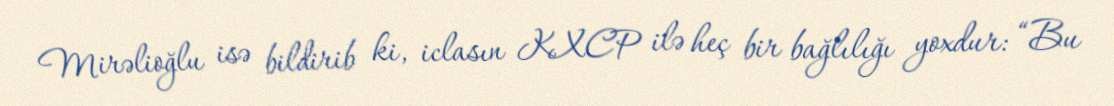
Mirəlioğlu isə bildirib ki, iclasın KXCP ilə heç bir bağlılığı yoxdur: “Bu